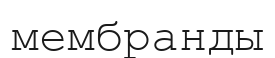
мембранды